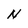
Character: N